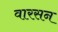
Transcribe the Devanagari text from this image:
वारसन